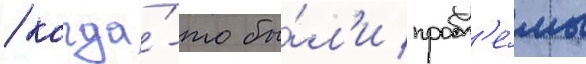
/ когда́-то бы́л'и пробл'е́мы